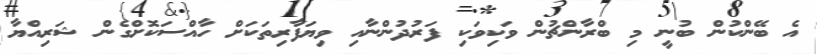
އެ ބޭންކުން ބުނީ މި ބްރާންޗުން ވަކިވަކި ފަރުދުންނާއި ވިޔަފާރިތަކަށް ހާއްސަކޮށްގެން ޝަރިއްޔާ